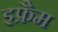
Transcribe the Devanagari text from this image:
इफ्रैम